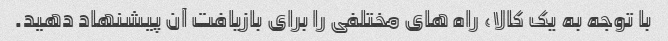
با توجه به یک کالا، راه های مختلفی را برای بازیافت آن پیشنهاد دهید.